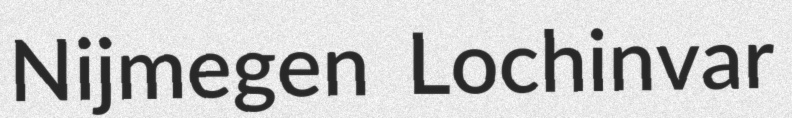
Nijmegen Lochinvar